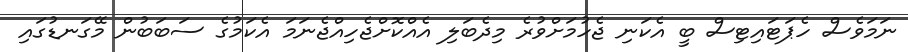
ނަމަވެސް ހެޕަޓައިޓިސް ބީ އެކަނި ޖެހުމަށްވުރެ މިދެބަލި އެއްކޮށްޖެހިއްޖެނަމަ އެކަމުގެ ސަބަބުން މޭގަނޑުގައި